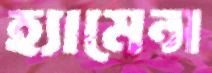
হ্যামেন্স